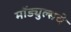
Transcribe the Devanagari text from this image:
मॉड्युल्सचे